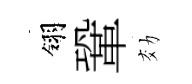
翎鞏効